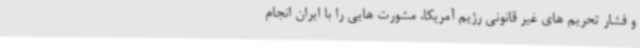
و فشار تحریم های غیر قانونی رژیم آمریکا، مشورت هایی را با ایران انجام